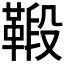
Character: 𩋦